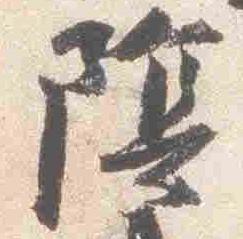
陰